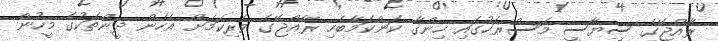
ރާއްޖޭގެ ސިޔާސީ މަސްޜަހުގައި ހިންގާ ކަންކަމާބެހި ރާއްޖޭގެ ވެރިކަމަށް އެހެން ދީންތަކުގެ މީހުން